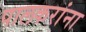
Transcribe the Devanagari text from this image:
पालकरांना